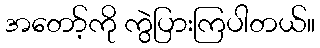
အတော့်ကို ကွဲပြားကြပါတယ်။